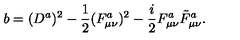
b = ( D ^ { a } ) ^ { 2 } - \frac { 1 } { 2 } ( F _ { \mu \nu } ^ { a } ) ^ { 2 } - \frac { i } { 2 } F _ { \mu \nu } ^ { a } \tilde { F } _ { \mu \nu } ^ { a } .